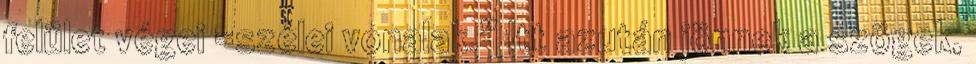
felület végei =szélei vonalak.” Itt azután jönnek a szögek,